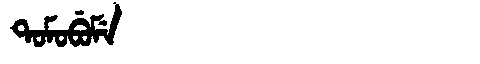
Manchu: ᡨᠣᠮᠣᠪᡠᠮᡝ
Romanization: TOMOBUME